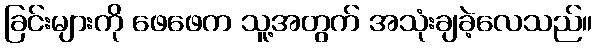
ခြင်းများကို ဖေဖေက သူ့အတွက် အသုံးချခဲ့လေသည်။